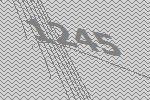
1245